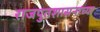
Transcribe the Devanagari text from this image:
राजपुतशासनाच्या